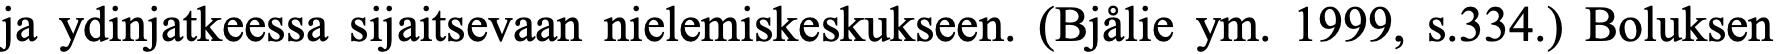
ja ydinjatkeessa sijaitsevaan nielemiskeskukseen. (Bjålie ym. 1999, s.334.) Boluksen